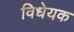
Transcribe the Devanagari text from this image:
विधेयक